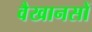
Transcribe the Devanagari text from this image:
वैखानसों